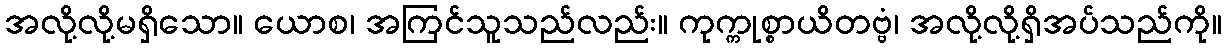
အလို့လို့မရှိသော။ ယောစ၊ အကြင်သူသည်လည်း။ ကုက္ကုစ္စာယိတဗ္ဗံ၊ အလို့လို့ရှိအပ်သည်ကို။